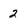
Character: 2